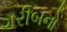
ગરીબનો